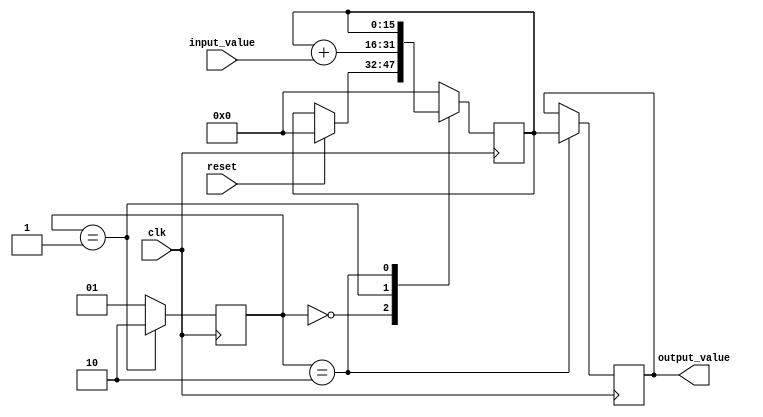
module accumulator (
    input clk,
    input reset,
    input signed [15:0] input_value,
    output reg signed [15:0] output_value
);

reg signed [15:0] accumulator_reg;
reg [1:0] state;

always @(posedge clk) begin
    case (state)
        2'b00: begin // Reset state
            if (reset)
                accumulator_reg <= 0;
            state <= 2'b01;
        end
        2'b01: begin // Accumulate state
            accumulator_reg <= accumulator_reg + input_value;
            state <= 2'b10;
        end
        2'b10: begin // Output state
            output_value <= accumulator_reg;
            state <= 2'b01;
        end
        default: begin
            accumulator_reg <= 0;
            state <= 2'b01;
        end
    endcase
end

endmodule